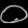
Digit: ၀